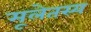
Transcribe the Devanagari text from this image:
मूलेतस्य